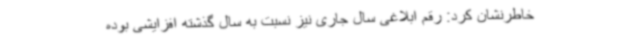
خاطرنشان کرد: رقم ابلاغی سال جاری نیز نسبت به سال گذشته افزایشی بوده